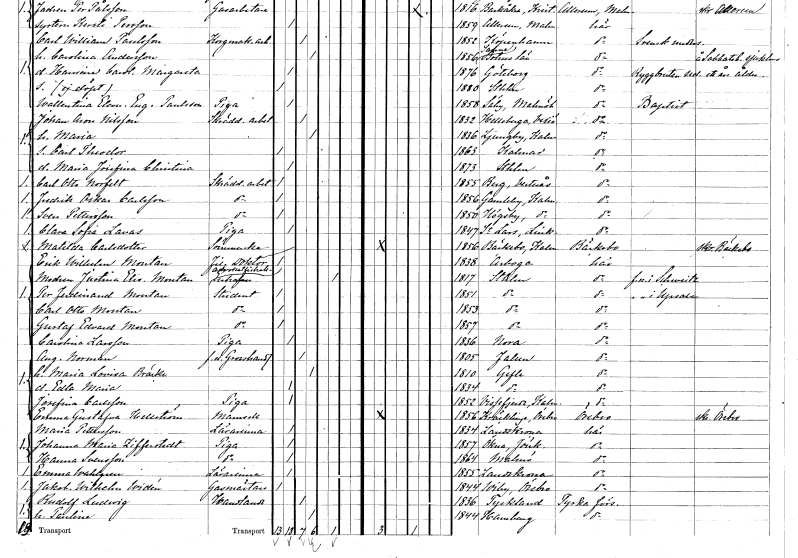
gt_parse: households: individuals: FN: Carl Otto
EN: Norfelt
YRKE: Skrädderiarbetare
KON: M
CIV: O
FODAR: 1855
FODFORS: Berg Västmanlands län
FN: Fredrik Oskar
EN: Carlsson
YRKE: Skrädderiarbetare
KON: M
CIV: O
FODAR: 1856
FODFORS: Gamleby Kalmar län
FN: Sven
EN: Pettersson
YRKE: Skrädderiarbetare
KON: M
CIV: O
FODAR: 1850
FODFORS: Högsby Kalmar län
FN: Clara Sofia
EN: Lavas
YRKE: Piga
KON: K
CIV: O
FODAR: 1847
FODFORS: Linköpings Sankt Lars Östergötlands län
FN: Matilda
EN: Carlsdotter
YRKE: Sömmerska
KON: K
CIV: O
FODAR: 1856
FODFORS: Bäckebo Kalmar län
FN: Erik Wilhelm
EN: Montan
YRKE: Fil. doktor
KON: M
CIV: O
FODAR: 1838
FODFORS: Arboga Västmanlands län
FN: Justina Elisabet
EN: Montan
YRKE: Advokatfiskalsänka
KON: K
CIV: E
FODAR: 1817
FODFORS: Stockholm
FN: Per Ferdinand
EN: Montan
YRKE: Student
KON: M
CIV: O
FODAR: 1851
FODFORS: Stockholm
FN: Carl Otto
EN: Montan
YRKE: Student
KON: M
CIV: O
FODAR: 1853
FODFORS: Stockholm
FN: Gustaf Edvard
EN: Montan
YRKE: Student
KON: M
CIV: O
FODAR: 1857
FODFORS: Stockholm
FN: Carolina
EN: Larsson
YRKE: Piga
KON: K
CIV: O
FODAR: 1836
FODFORS: Nora Örebro län
FN: August
EN: Norman
YRKE: Grosshandlare f.d.
KON: M
CIV: G
FODAR: 1805
FODFORS: Falun Kopparbergs län
FN: Maria Lovisa
EN: Bräcke
KON: K
CIV: G
FODAR: 1810
FODFORS: Gävle Gävleborgs län
FN: Edla Maria
KON: K
CIV: O
FODAR: 1834
FODFORS: Gävle Gävleborgs län
FN: Josefina
EN: Carlsson
YRKE: Piga
KON: K
CIV: O
FODAR: 1852
FODFORS: Vissefjärda Kalmar län
FN: Emma Gustafva
EN: Hellström
KON: K
CIV: O
FODAR: 1856
FODFORS: Kräcklinge Örebro län
FN: Maria
EN: Pettersson
YRKE: Lärarinna
KON: K
CIV: O
FODAR: 1834
FODFORS: Landskrona Malmöhus län
FN: Johanna Maria
EN: Zifferstedt
YRKE: Piga
KON: K
CIV: O
FODAR: 1857
FODFORS: Ökna Jönköpings län
FN: Hanna
EN: Svensson
YRKE: Piga
KON: K
CIV: O
FODAR: 1864
FODFORS: Malmö Malmöhus län
FN: Emma
EN: Wahlgren
YRKE: Lärarinna
KON: K
CIV: O
FODAR: 1855
FODFORS: Landskrona Malmöhus län
FN: Jakob Wilhelm
EN: Widén
YRKE: Gasmästare
KON: M
CIV: O
FODAR: 1844
FODFORS: Viby Örebro län
FN: Rudolf
EN: Ludwig
YRKE: Handlande
KON: M
CIV: G
FODAR: 1836
FN: Paulina
KON: K
CIV: G
FODAR: 1844